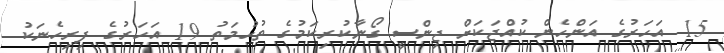
15 އަހަރުގެ އަންހެން ކުއްޖަކަށް ޖިންސީ ގޯނާކުރިކަމުގެ ތުހުމަތު 19 އަހަރުގެ ފިރިހެނަކު